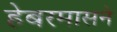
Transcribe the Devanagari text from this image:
हेबरमासने